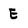
Character: E